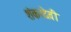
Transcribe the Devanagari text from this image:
शंकरदेवी